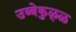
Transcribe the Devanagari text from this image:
उब्बेकुळ्ळ